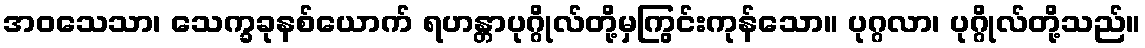
အဝသေသာ၊ သေက္ခခုနစ်ယောက် ရဟန္တာပုဂ္ဂိုလ်တို့မှကြွင်းကုန်သော။ ပုဂ္ဂလာ၊ ပုဂ္ဂိုလ်တို့သည်။